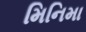
મિનિમા